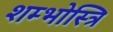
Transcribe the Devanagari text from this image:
शम्भोस्त्रि